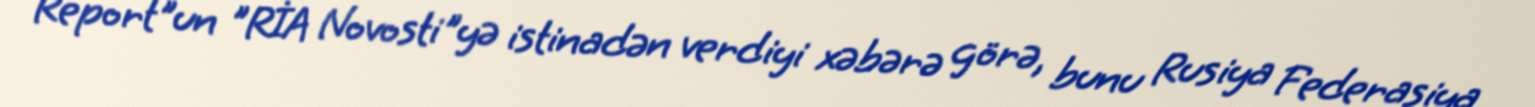
Report"un "RİA Novosti"yə istinadən verdiyi xəbərə görə, bunu Rusiya Federasiya